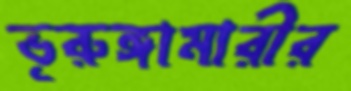
ভূরুঙ্গামারীর